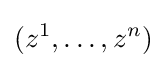
(z^{1},\dots ,z^{n})